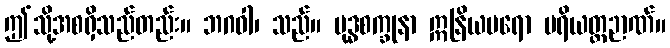
ဤသို့အစရှိသည်တည်း။ ဘဂဝါ၊ သည်။ ဗုဒ္ဓစက္ခုနာ ဣနြိယပရော ပရိယတ္တဉာဏ်။